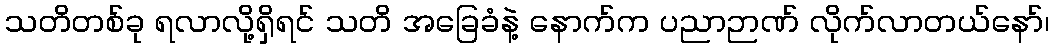
သတိတစ်ခု ရလာလို့ရှိရင် သတိ အခြေခံနဲ့ နောက်က ပညာဉာဏ် လိုက်လာတယ်နော်၊